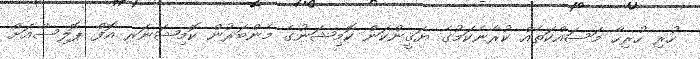
ހުރި ހުރިހާ މަސައްކަތެއް ކުރާނެކަމުގެ ޔަޤީންކަން ކޮމިޝަނުގެ މެންބަރުން ކޮމިޝަނަރ އޮފް ޕޮލިސްއަށް